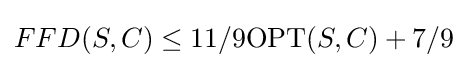
FFD(S,C)\leq 11/9\mathrm {OPT} (S,C)+7/9